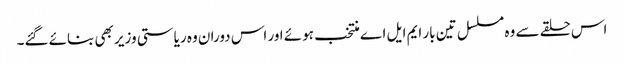
اس حلقے سے وہ مسلسل تین بار ایم ایل اے منتخب ہوئے اور اس دوران وہ ریاستی وزیر بھی بنائے گئے۔